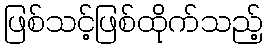
ဖြစ်သင့်ဖြစ်ထိုက်သည့်